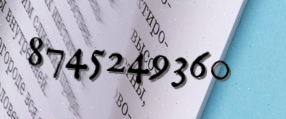
8745249360